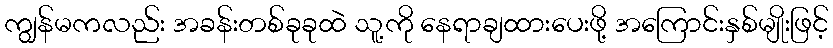
ကျွန်မကလည်း အခန်းတစ်ခုခုထဲ သူ့ကို နေရာချထားပေးဖို့ အကြောင်းနှစ်မျိုးဖြင့်